Annual statistical returns and brief notes on vaccination in Bengal - 1887-1898
Year: 1887
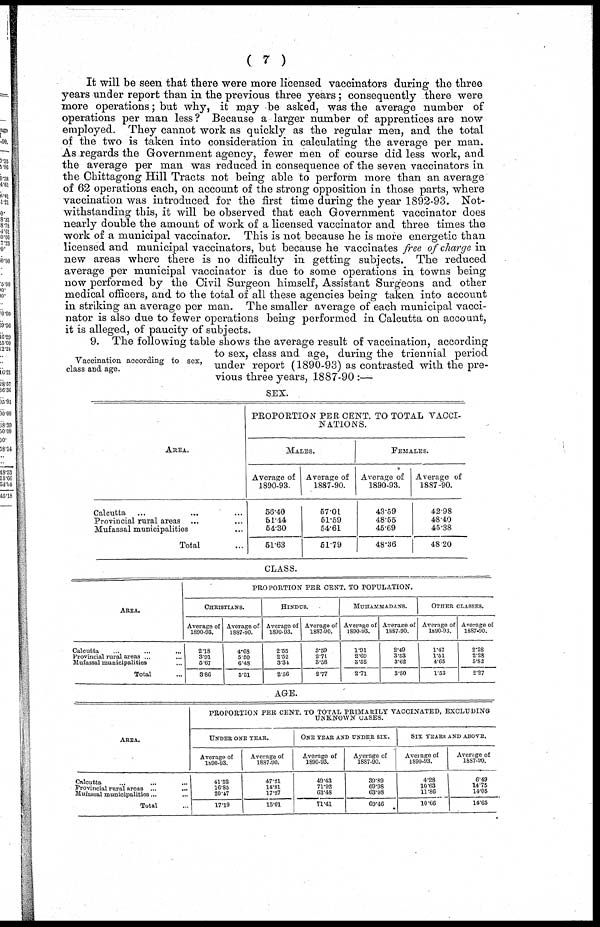
(7)
It will be seen that there were more licensed vaccinators during the three
years under report than in the previous three years; consequently there were
more operations; but why, it may be asked, was the average number of
operations per man less ? Because a larger number of apprentices are now
employed. They cannot work as quickly as the regular men, and the total
of the two is taken into consideration in calculating the average per man.
As regards the Government agency, fewer men of course did less work, and
the average per man was reduced in consequence of the seven vaccinators in
the Chittagong Hill Tracts not being able to perform more than an average
of 62 operations each, on account of the strong opposition in those parts, where
vaccination was introduced for the first time during the year 1892-93. Not-
withstanding this, it will be observed that each Government vaccinator does
nearly double the amount of work of a licensed vaccinator and three times the
work of a municipal vaccinator. This is not because he is more energetic than
licensed and municipal vaccinators, but because he vaccinates free of charge in
new areas where there is no difficulty in getting subjects. The reduced
average per municipal vaccinator is due to some operations in towns being
now performed by the Civil Surgeon himself, Assistant Surgeons and other
medical officers, and to the total of all these agencies being taken into account
in striking an average per man. The smaller average of each municipal vacci-
nator is also due to fewer operations being performed in Calcutta on account,
it is alleged, of paucity of subjects.
Vaccination according to sex,
class and age.
9. The following table shows the average result of vaccination, according
to sex, class and age, during the triennial period
under report (1890-93) as contrasted with the pre-
vious three years, 1887-90:—
SEX.
AREA.
Calcutta ...
...
...
Provincial rural areas ...
Mufassal municipalities... ...
Total...
PROPORTION PER CENT. TO TOTAL VACCI-
NATIONS.
MALES.
Average of
1890-93.
56.40
61.44
54.30
51.63
Average of
1887-90.
57.01
51.59
54.61
51.79
FEMALES.
Average of
1890-93.
43.59
48.55
45.69
48.36
Average of
1887-90.
42.98
48.40
45.38
48.20
CLASS.
AREA.
Calcutta... ...
Provincial rural areas... ...
Mufassal municipalities... ...
Total...
PROPORTION PER CENT. TO POPULATION.
CHRISTIANS.
Average of
1890-93.
2.18
3.91
5.67
3.86
Average of-
1887-90.
4.68
5.50
6.48
5.51
HINDUS.
Average of
1890-93.
2.55
2.52
3.34
2.56
Average of
1887-90.
3.59
2.71
3.58
2.77
MUHAMMADANS.
Average of
1890-93.
1.91
2.69
3.52
2.71
Average of
1887-90.
2.49
3.53
3.62
3.50
OTHER CLASSES.
Average of
1890-93.
1.47
1.51
4.65
1.53
Average of
1887-90.
2.28
2.28
5.82
2.27
AGE.
AREA.
Calcutta... ...
Provincial rural areas... ...
Mufassal municipalities... ...
Total...
PROPORTION PER CENT. TO TOTAL PRIMARILY VACCINATED, EXCLUDING UNKNOWN CASES.
UNDER ONE YEAR.
Average of
1890-93.
41.52
16.85
20.47
17.19
Average of
1887-90.
47.21
14.81
17.27
15.01
ONE YEAR AND UNDER SIX.
Average of
1890-93.
49.43
71.92
63.48
71.41
Average of
1887-90.
39.89 69.98
63.98
69.46
SIX YEARS AND ABOVE.
Average of
1890-93.
4.28
10.63
11.86
10.66
Average of
1887-90.
6.49
14.75
14.05
14.65